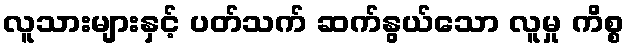
လူသားများနှင့် ပတ်သက် ဆက်နွယ်သော လူမှု ကိစ္စ